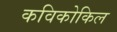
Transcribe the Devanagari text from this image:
कविकोकिल